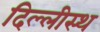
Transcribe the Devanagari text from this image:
दिल्लीस्थ